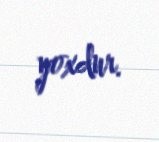
yoxdur.